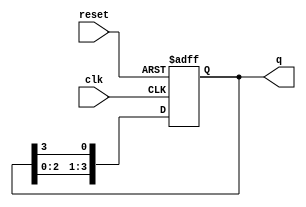
module ring_counter (
    input wire clk,       // Clock input
    input wire reset,     // Asynchronous reset input
    output reg [3:0] q    // 4-bit output representing the state of the counter
);

// Initial state of the counter
initial begin
    q = 4'b0001; // Initialize to the first state
end

// Sequential logic for the ring counter
always @(posedge clk or posedge reset) begin
    if (reset) begin
        q <= 4'b0001; // Reset to the initial state
    end else begin
        // Shift the '1' to the left, wrapping around
        q <= {q[2:0], q[3]}; // Shift the bits to create the ring effect
    end
end

endmodule